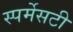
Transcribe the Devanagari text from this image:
स्पर्मेसटी